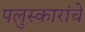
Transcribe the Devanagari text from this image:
पलुस्कारांचे